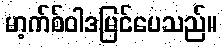
မာ့က်စ်ဝါဒမြင်ပေသည်။